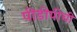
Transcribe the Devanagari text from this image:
पीडीपीची